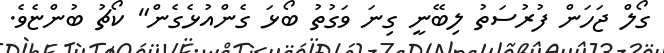
ގޯލް ޖަހަން ފުރުސަތު ލިބޭނީ ގިނަ ވަގުތު ބޯޅަ ގެންއުޅެގެން" ކޯޗު ބުންޏެވެ.